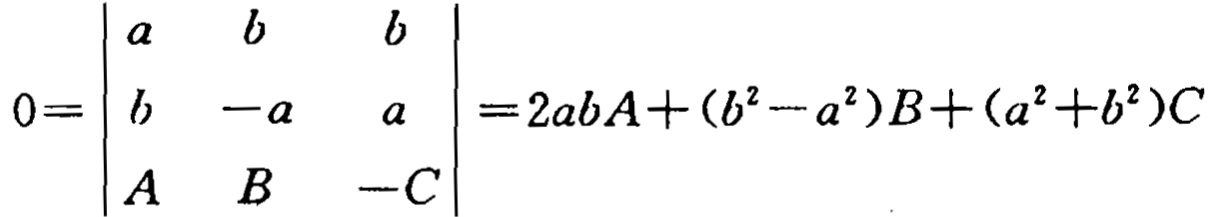
\[

0=\begin{vmatrix}

a & b & b \\

b & -a & a \\

A & B & -C

\end{vmatrix}=2abA+(b^{2}-a^{2})B+(a^{2}+b^{2})C

\]